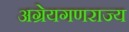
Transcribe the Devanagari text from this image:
अग्रेयगणराज्य